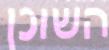
השוכן